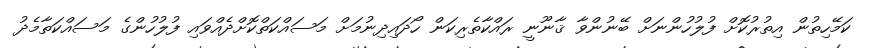
ކަމޭހިތުން އިތުރުކޮށް ފުލުހުންނަށް ބޭނުންވާ ޤާނޫނީ ރައްކާތެރިކަން ހޯދައިދިނުމަށް މަސައްކަތްކޮށްދެއްވައި ފުލުހުންގެ މަސައްކަތާމެދު